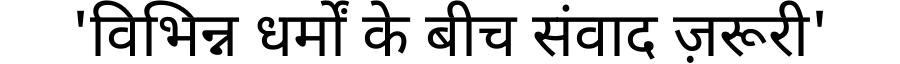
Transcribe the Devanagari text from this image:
'विभिन्न धर्मों के बीच संवाद ज़रूरी'